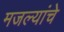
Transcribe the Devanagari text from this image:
मजल्यांचे